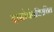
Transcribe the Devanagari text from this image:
दासोपंतविरचित